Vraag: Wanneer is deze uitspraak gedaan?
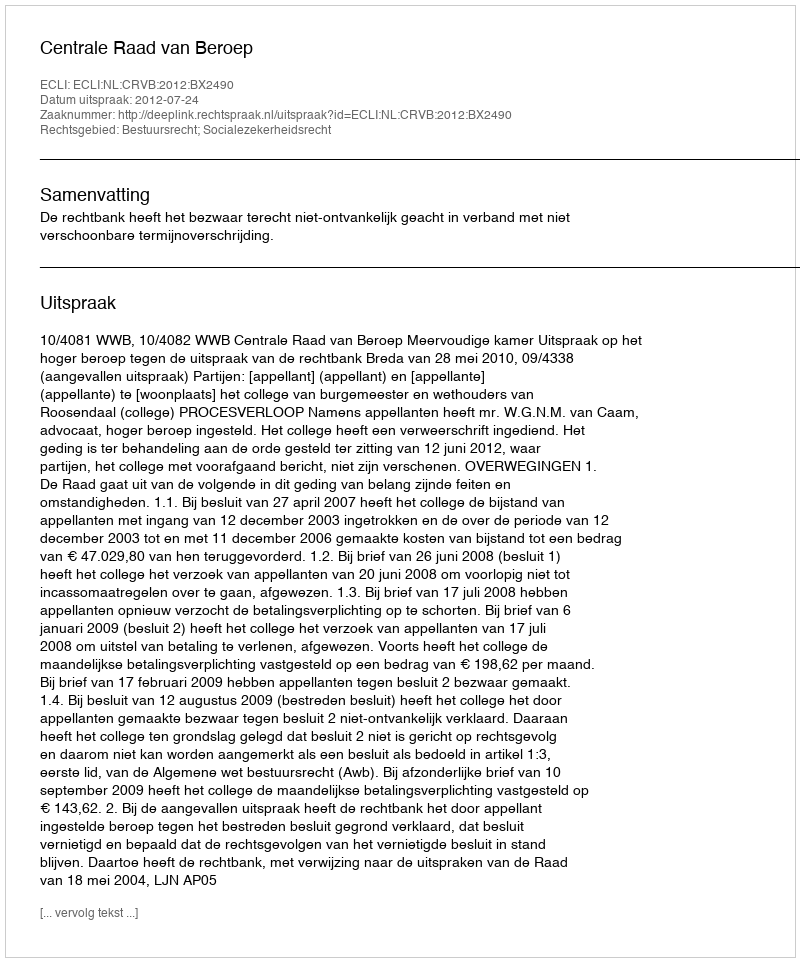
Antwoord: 2012-07-24